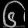
Digit: ၆